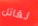
لقاتل